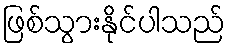
ဖြစ်သွားနိုင်ပါသည်